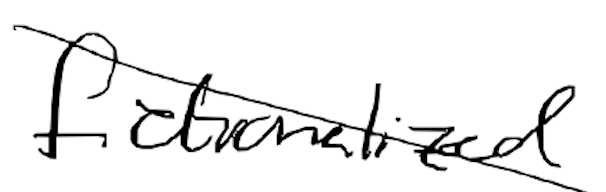
Text: fictionalized
Cross-out: diagonal
Writing tool: digital_black